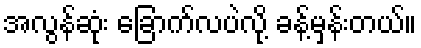
အလွန်ဆုံး ခြောက်လပဲလို့ ခန့်မှန်းတယ်။